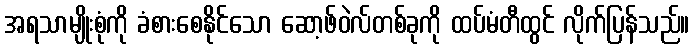
အရသာမျိုးစုံကို ခံစားစေနိုင်သော ဆော့ဖ်ဝဲလ်တစ်ခုကို ထပ်မံတီထွင် လိုက်ပြန်သည်။